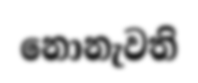
නොනැවති